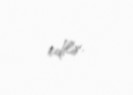
edilir.